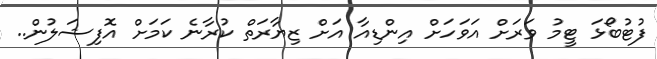
ފުޓުބޯޅަ ޓީމު ވަރަށް އަވަހަށް އިންޑިއާ އަށް ޒިޔާރަތް ކުރާނެ ކަމަށް އޮފިޝަލުން..